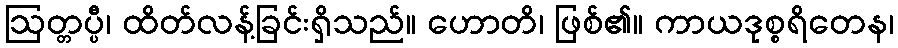
ဩတ္တပ္ပီ၊ ထိတ်လန့်ခြင်းရှိသည်။ ဟောတိ၊ ဖြစ်၏။ ကာယဒုစ္စရိတေန၊